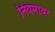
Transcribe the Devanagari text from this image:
नियमावर